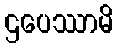
ဌပေဿာမိ